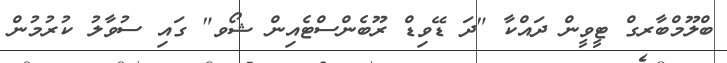
ބްލޫމްބާރގް ޓީވީން ދައްކާ "ދަ ޑޭވިޑް ރޫބެންސްޓެއިން ޝޯވ" ގައި ސުވާލު ކުރުމުން